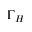
\Gamma _ { H }